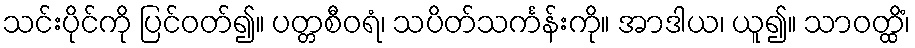
သင်းပိုင်ကို ပြင်ဝတ်၍။ ပတ္တစီဝရံ၊ သပိတ်သင်္ကန်းကို။ အာဒါယ၊ ယူ၍။ သာဝတ္ထိံ၊